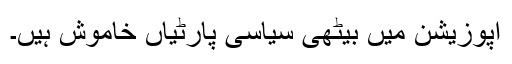
اپوزیشن میں بیٹھی سیاسی پارٹیاں خاموش ہیں۔